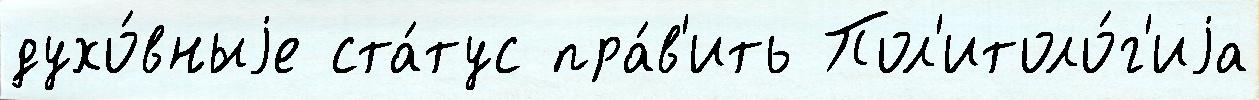
духо́вныjе ста́тус пра́в'ить Пол'итоло́г'иjа